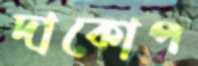
দাকোপ